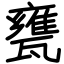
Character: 甕